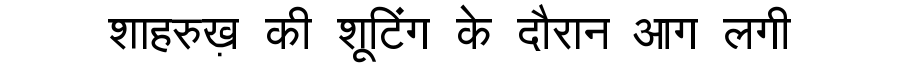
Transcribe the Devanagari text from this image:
शाहरुख़ की शूटिंग के दौरान आग लगी